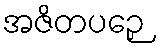
အဇိတပဉှေ